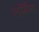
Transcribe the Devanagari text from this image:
लॉमैन